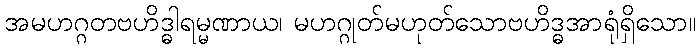
အမဟဂ္ဂတဗဟိဒ္ဓါရမ္မဏာယ၊ မဟဂ္ဂုတ်မဟုတ်သောဗဟိဒ္ဓအာရုံရှိသော။